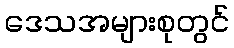
ဒေသအများစုတွင်